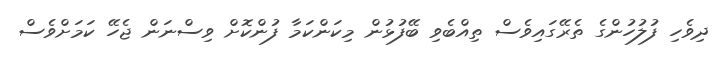
ދިވެހި ފުލުހުންގެ ތެރޭގައިވެސް ތިއްބެވި ބޭފުޅުން މިކަންކަމާ ފުންކޮށް ވިސްނަން ޖެހޭ ކަމަށްވެސް